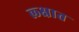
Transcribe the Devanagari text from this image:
ल्क्षात